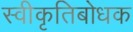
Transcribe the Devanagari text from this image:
स्वीकृतिबोधक